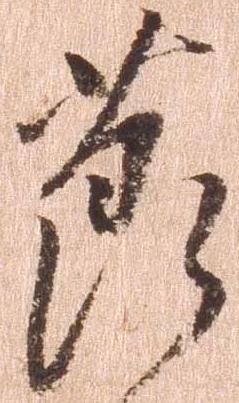
節